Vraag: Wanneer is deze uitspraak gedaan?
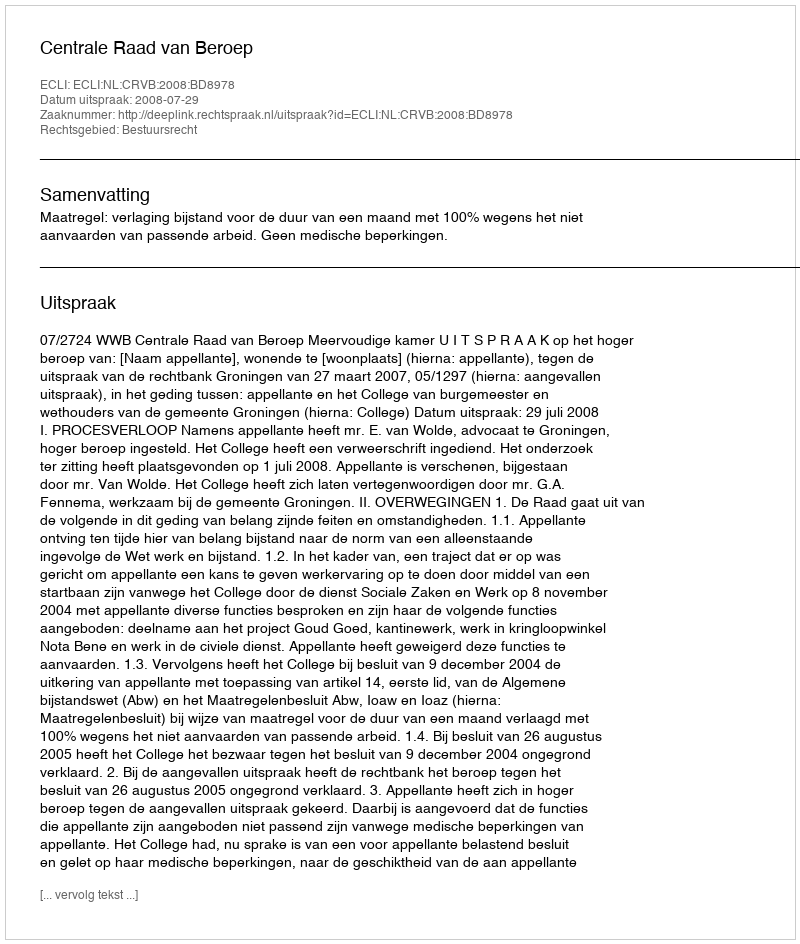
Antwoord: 2008-07-29